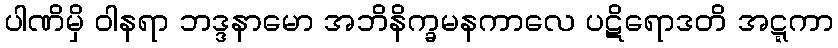
ပါဏိမှိ ဝါနရာ ဘဒ္ဒနာမော အဘိနိက္ခမနကာလေ ပဋိရောဒတိ အဋ္ဋကာ